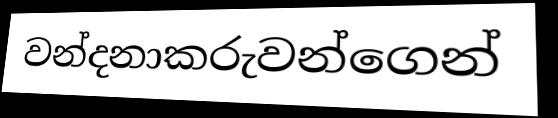
වන්දනාකරුවන්ගෙන්